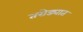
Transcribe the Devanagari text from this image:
तरोड्यात